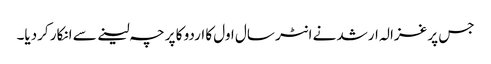
جس پر غزالہ ارشد نے انٹر سال اول کا اردو کا پرچہ لینے سے انکار کردیا۔